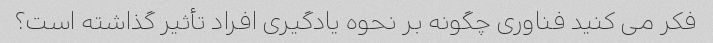
فکر می کنید فناوری چگونه بر نحوه یادگیری افراد تأثیر گذاشته است؟